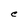
Character: C